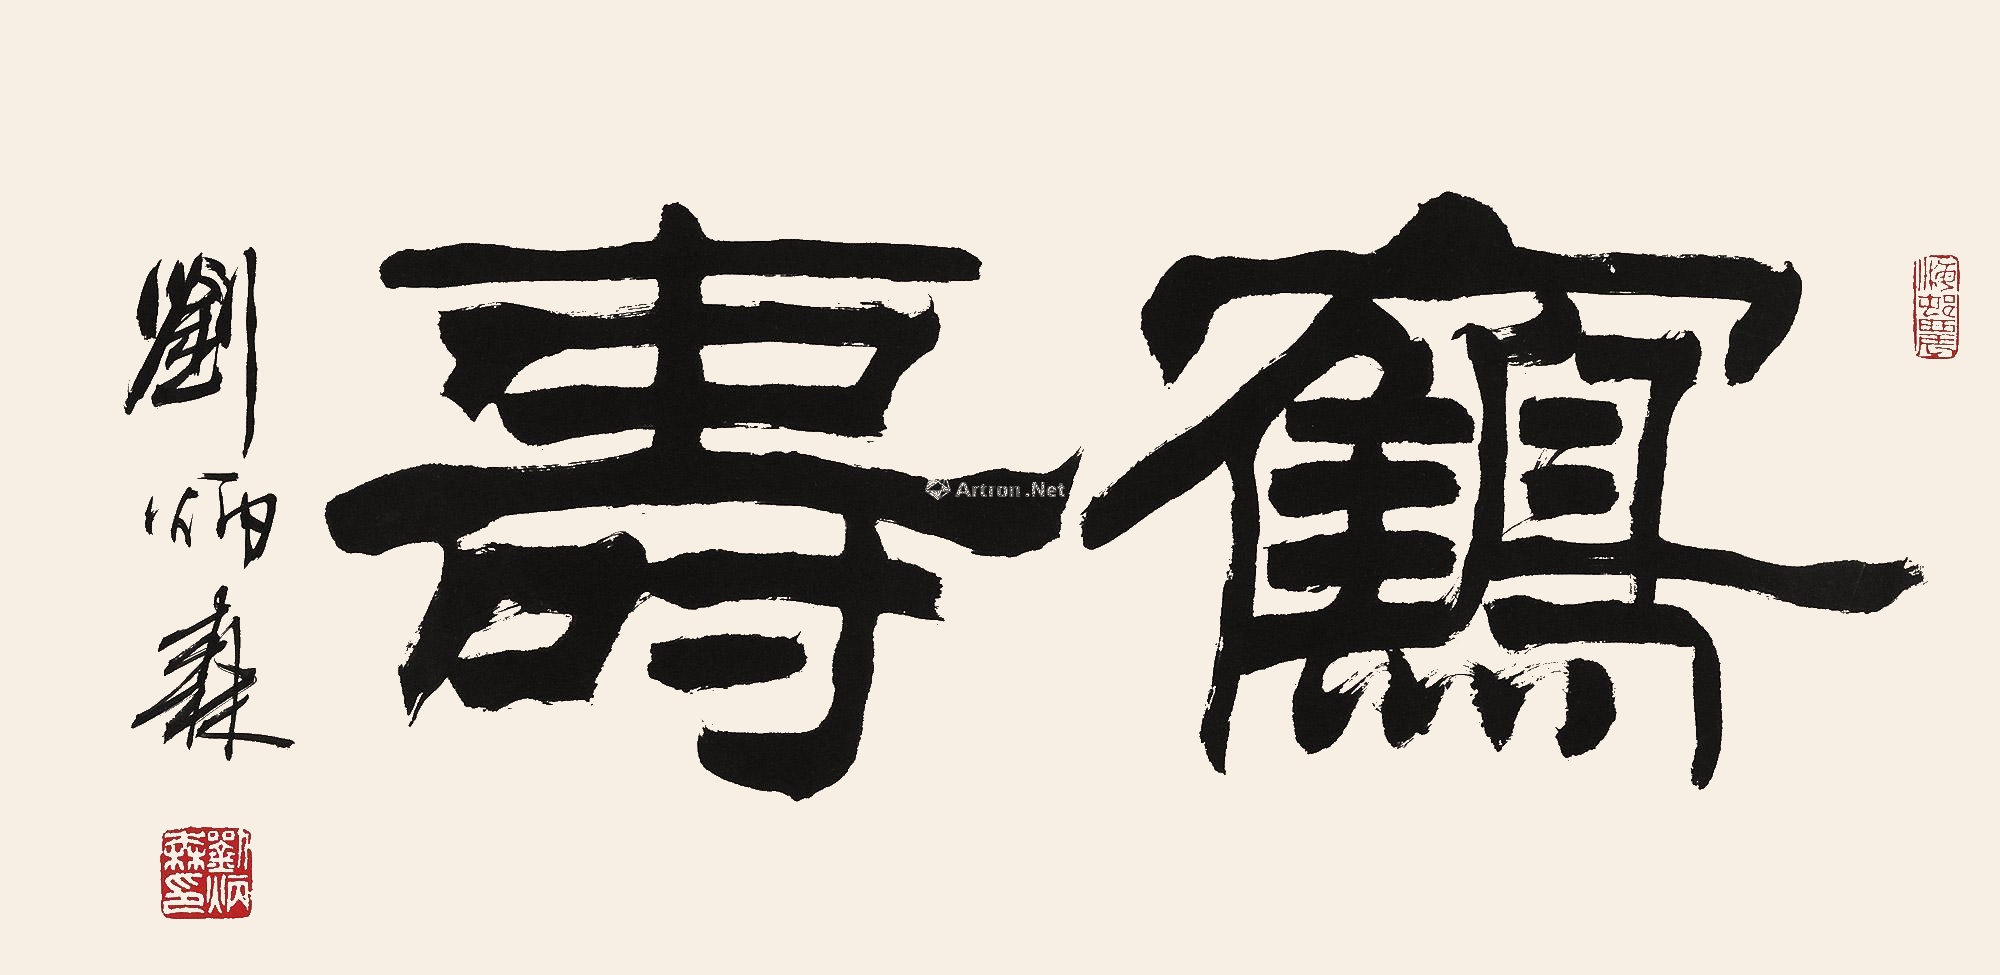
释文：鹤寿刘炳森。